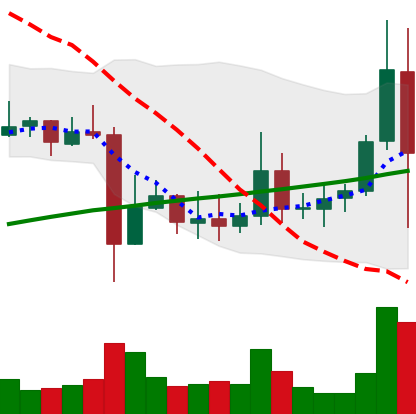
Ticker: ADA-USD
Chart end date: 2021-11-10
Forward return: -4.102%
Label: down_3_5